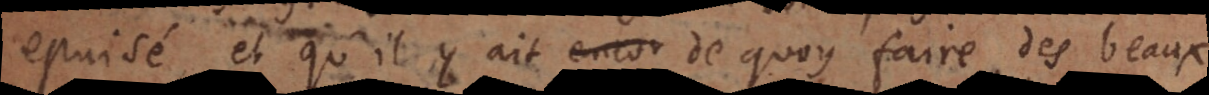
epuisé, et qu’il y ait encor de quoy faire des beaux